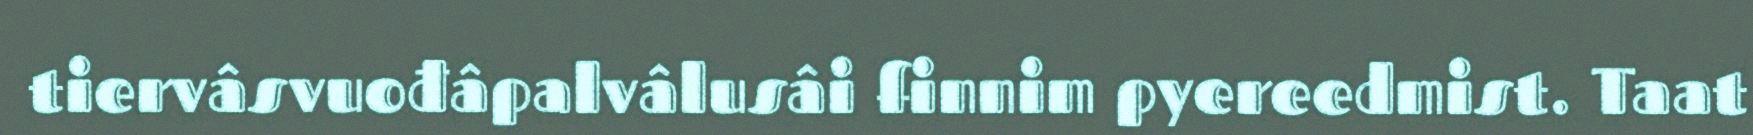
tiervâsvuođâpalvâlusâi finnim pyereedmist. Taat